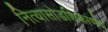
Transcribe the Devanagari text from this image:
नित्यासोडशिकार्णव